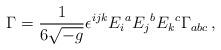
LaTeX: \begin{align*}\Gamma = {1\over 6\sqrt{-g}}\epsilon^{ijk} E_i{}^a E_j{}^b E_k{}^c\Gamma_{abc}\, ,\end{align*}